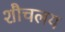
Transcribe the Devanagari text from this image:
शौचलय